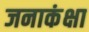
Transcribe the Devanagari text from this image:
जनाकंक्षा